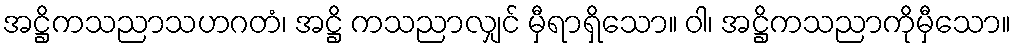
အဋ္ဌိကသညာသဟဂတံ၊ အဋ္ဌိ ကသညာလျှင် မှီရာရှိသော။ ဝါ၊ အဋ္ဌိကသညာကိုမှီသော။